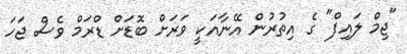
"ޖިމް ލައިފް" ގެ އިތުރުން އޭނާއަކީ ވަރަށް ބޮޑަށް ޑްރަމް ވެސް ޖަހަ